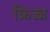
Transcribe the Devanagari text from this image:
फ्रिज्ज